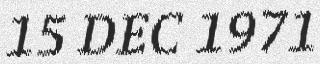
15 DEC 1971